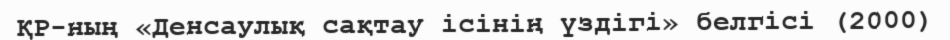
ҚР-ның «Денсаулық сақтау ісінің үздігі» белгісі (2000)